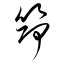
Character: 筇